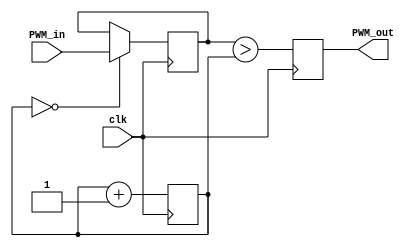
module pwm_module( 
input clk,
input [10:0] PWM_in, 
output reg PWM_out
);

reg [10:0] new_pwm=0;
reg [10:0] PWM_ramp=0; 
always @(posedge clk) 
begin
    if (PWM_ramp==0)new_pwm<=PWM_in;
      PWM_ramp <= PWM_ramp + 1'b1;
      PWM_out<=(new_pwm>PWM_ramp);
end

endmodule